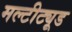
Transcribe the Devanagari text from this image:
मल्टीट्यूड